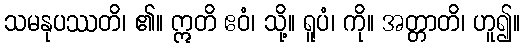
သမနုပဿတိ၊ ၏။ ဣတိ ဧဝံ၊ သို့။ ရူပံ၊ ကို။ အတ္တာတိ၊ ဟူ၍။